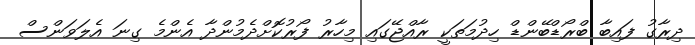
ދިރާގު ފައިބާ ބްރޯޑްބޭންޑް ހިދުމަތަކީ ރާއްޖޭގައި މިހާރު ފޯރުކޮށްދެމުންދާ އެންމެ ގިނަ އެލަވަންސް